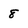
Character: 8